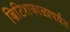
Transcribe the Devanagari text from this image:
ब्रिटिशकाळापर्यंत